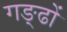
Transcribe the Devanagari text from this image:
गङ्ढों